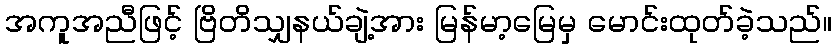
အကူအညီဖြင့် ဗြိတိသျှနယ်ချဲ့အား မြန်မာ့မြေမှ မောင်းထုတ်ခဲ့သည်။